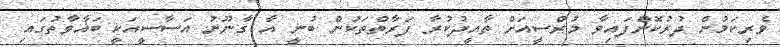
ވެރިކަމުން ދުރުކޮށްފައިވާ މުރްސީއަށް ތާއީދުކުރާ ފަރާތްތަކުން ބުނީ އާ ގާނޫނު އަސާސީއަކީ ބަޣާވާތުގައި